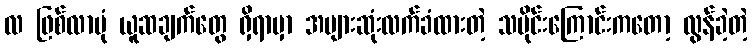
လ ဖြစ်လာပုံ ယူဆချက်တွေ ရှိရာမှာ အများဆုံးလက်ခံထားတဲ့ သမိုင်းကြောင်းကတော့ လွန်ခဲ့တဲ့